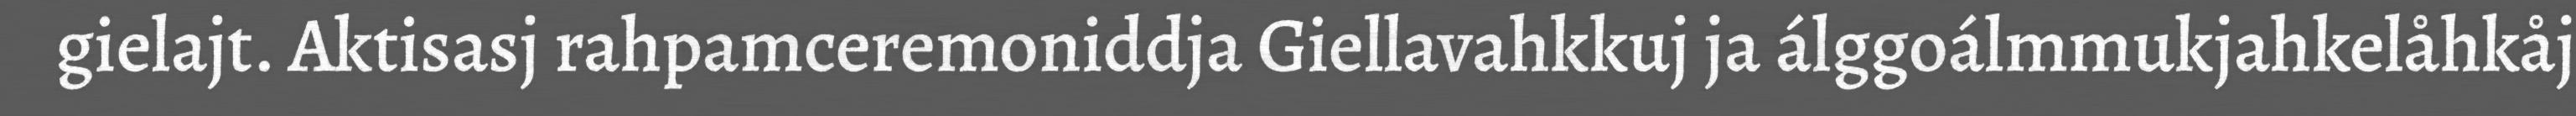
gielajt. Aktisasj rahpamceremoniddja Giellavahkkuj ja álggoálmmukjahkelåhkåj